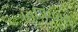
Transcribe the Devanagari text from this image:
म्यूज़ियमस्